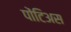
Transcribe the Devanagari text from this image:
पोंटिअस